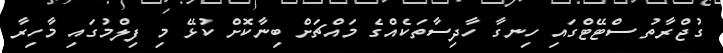
ގުޖްރާތު ސްޓޭޓްގައި ހިނގާ ހާދިސާތަކެއްގެ މައްޗަށް ބިނާކޮށް ކުޅޭ މި ފިލްމުގައި މާހިރާ